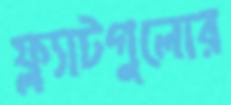
ফ্ল্যাটগুলোর